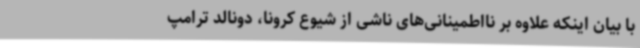
با بیان اینکه علاوه بر نااطمینانی‌های ناشی از شیوع کرونا، دونالد ترامپ